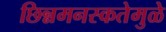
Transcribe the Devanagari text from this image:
छिन्नमनस्कतेमुळे